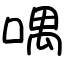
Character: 喁